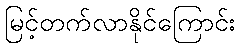
မြင့်တက်လာနိုင်ကြောင်း